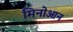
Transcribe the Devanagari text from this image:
मिनोआन